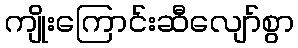
ကျိုးကြောင်းဆီလျော်စွာ